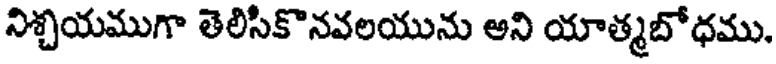
నిశ్చయముగా తెలిసికొనవలయును అని యాత్మబోధము.